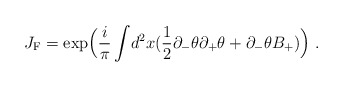
\begin{align*}J_{{\rm {F}}} = \exp \Bigl(\frac{i}{ \pi}\int \!d^2x( \frac{1}{2}\partial_{-}\theta \partial_{+} \theta + \partial_{-}\theta B_{+})\Bigr)\; .\end{align*}